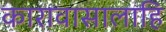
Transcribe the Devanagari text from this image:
कारावासालाहि